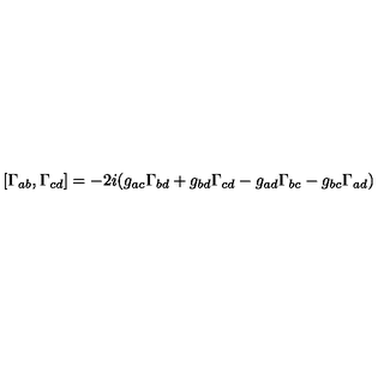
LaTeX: [ \Gamma _ { a b } , \Gamma _ { c d } ] = - 2 i ( g _ { a c } \Gamma _ { b d } + g _ { b d } \Gamma _ { c d } - g _ { a d } \Gamma _ { b c } - g _ { b c } \Gamma _ { a d } )